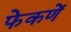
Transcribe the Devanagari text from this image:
फेकणें